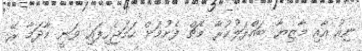
ނިއު އާއި މާޒިޔާ ބައްދަލުކުރާ މެޗް ފެށުމަށް ހަމަޖެހިފައި ވަނީ މާދަމާ ރޭ